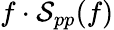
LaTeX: f\cdot\mathcal{S}_{pp}(f)